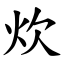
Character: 炊